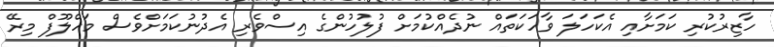
ހާޒިރުކުރި ކަމަށާއި އެކަހަލަ ވާހަކަތައް ނުދެއްކުމަށް ފުލުހުންގެ އިސްވެރި އެދުނުކަމަށްވެސް މަހްލޫފް މިރޭ